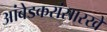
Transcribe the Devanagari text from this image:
आंबेडकरांसारखे